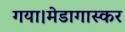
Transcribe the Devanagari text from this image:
गया।मेडागास्कर